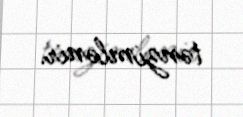
tənzimlənir.